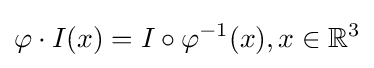
\varphi \cdot I(x)=I\circ \varphi ^{-1}(x),x\in {\mathbb {R} }^{3}